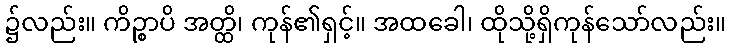
၌လည်း။ ကိဉ္စာပိ အတ္ထိ၊ ကုန်၏ရှင့်။ အထခေါ၊ ထိုသို့ရှိကုန်သော်လည်း။